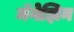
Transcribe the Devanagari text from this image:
मॅगेझिन